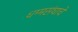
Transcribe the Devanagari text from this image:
धम्मसंघाचे